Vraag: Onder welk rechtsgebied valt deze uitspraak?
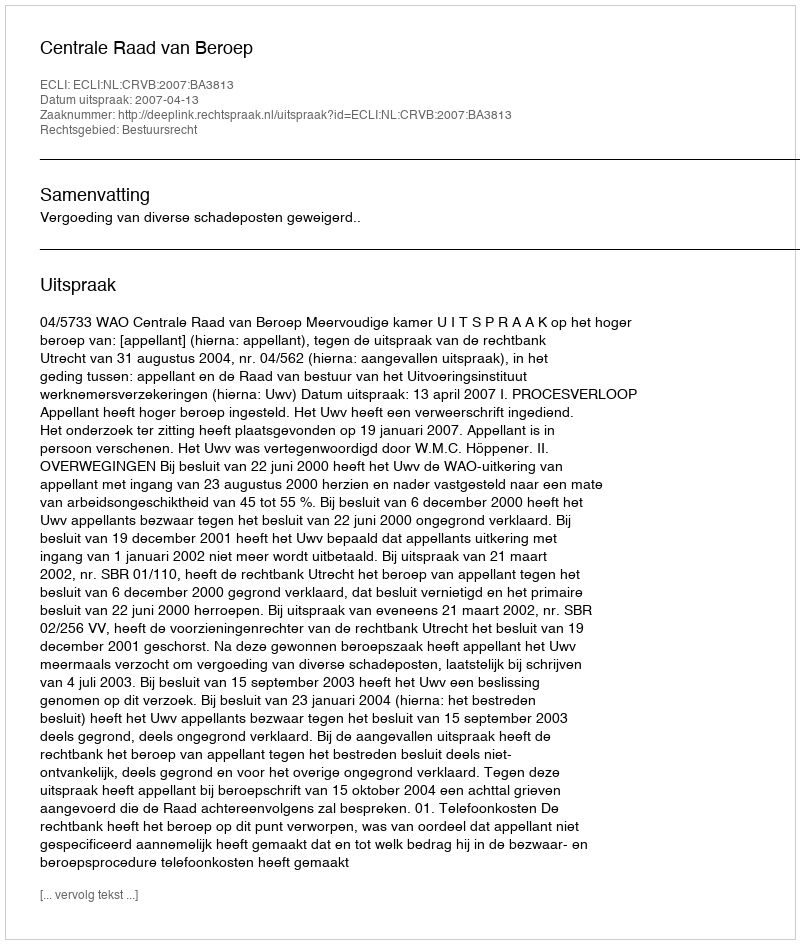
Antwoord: Bestuursrecht